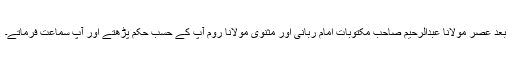
بعد عصر مولانا عبدالرحیم صاحب مکتوبات امام ربانی اور مثنوی مولانا روم آپ کے حسب حکم پڑھتے اور آپ سماعت فرماتے۔